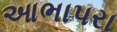
આભાપરા